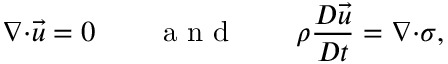
\boldsymbol { \nabla \cdot } \vec { u } = 0 \qquad \mathrm { ~ a ~ n ~ d ~ } \qquad \rho \frac { D \vec { u } } { D t } = \boldsymbol { \nabla \cdot } \boldsymbol { \sigma } ,